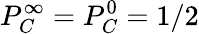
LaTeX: P_{C}^{\infty}=P_{C}^{0}=1/2